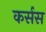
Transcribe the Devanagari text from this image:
कर्सस